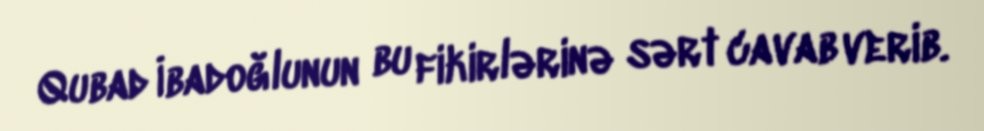
Qubad İbadoğlunun bu fikirlərinə sərt cavab verib.